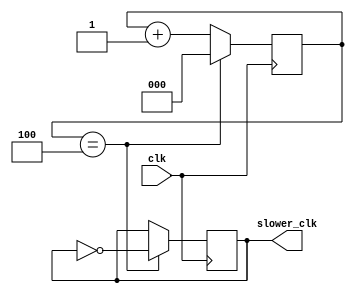
module slower_2m_clock   
#(parameter N=3, M=5)    // M <= 2^N-1
(
    input wire clk,
    output wire slower_clk
);

reg [N-1:0] r_reg=0;
reg [N-1:0] r_next=0;
reg clock=0;
reg clock_next=0;

//register
always @(posedge clk)
        begin
            r_reg <= r_next;
            clock <= clock_next;  
        end

// next-state logic
always @*
    if (r_reg == M-1)
        begin
            r_next = 0;
            clock_next = ~clock;
        end
    else
        begin
            r_next = r_reg + 1;
            clock_next = clock;
        end
    
// output logic
assign slower_clk = clock;
endmodule